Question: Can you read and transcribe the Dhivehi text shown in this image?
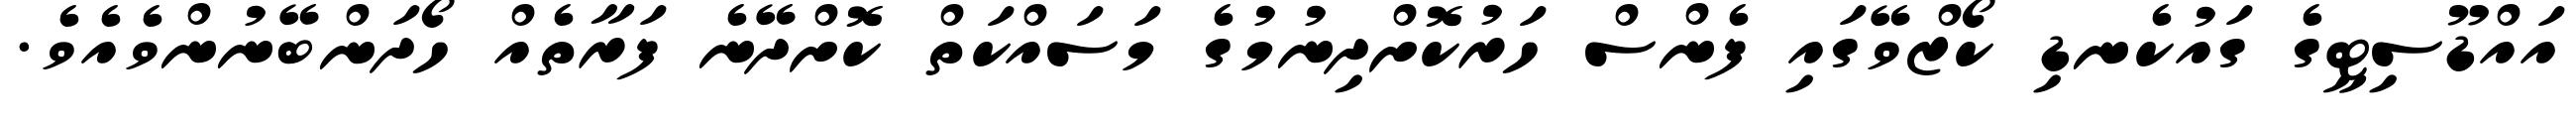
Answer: އައްޑޫސިޓީގެ ގައުކެނޑި ކޯޒްވޭގައި ފެންސް ހަރުކޮށްދިނުމުގެ މަސައްކަތް ކޮށްދޭނެ ފަރާތެއް ހޯދަންބޭނުންވެއެވެ.